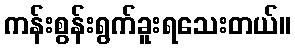
ကန်းစွန်းရွက်ခူးရသေးတယ်။